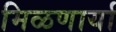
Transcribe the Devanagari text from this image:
मिळणार्या